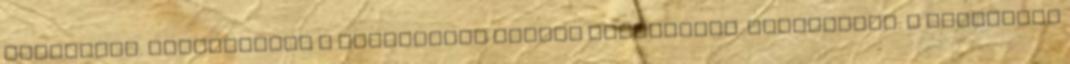
kommentet. Kimoderálom a kommentező összes kommentjét. Megjegyzés: A lepényhal